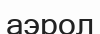
аэрол